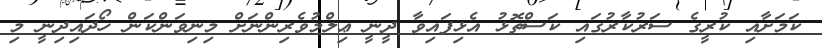
ކަމަށާއި ކުރީގެ ސަރުކާރުގައި ކަސްތޮޅު އެޅިފައިވާ ދީނީ ޢިލްމުވެރިންނަށް މިނިވަންކަން ހޯދައިދިނީ މި